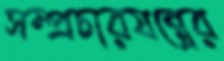
সম্প্রচারযন্ত্রের